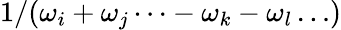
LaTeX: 1/(\omega_{i}+\omega_{j}\cdots-\omega_{k}-\omega_{l}\ldots)